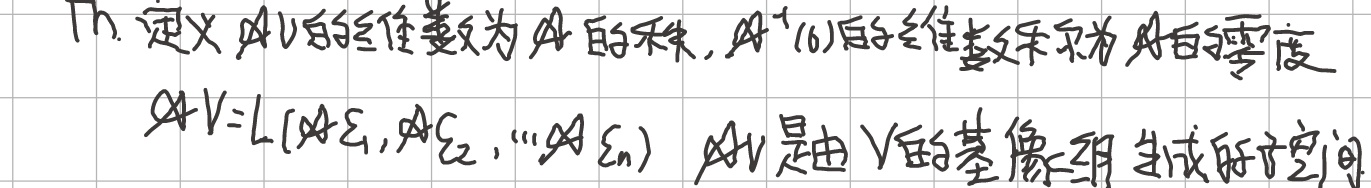
Th. 定义 \(AV\) 的维数为 \(A\) 的秩，\(A^{-1}(0)\) 的维数称为 \(A\) 的零度。\(AV = L(AE_1,AE_2,\cdots AE_n)\)，\(AV\) 是由 \(V\) 的基像生成的子空间。